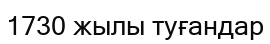
1730 жылы туғандар